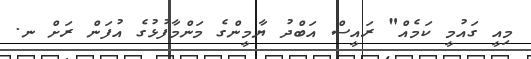
މިއީ ގައުމީ ކަމެއް" ރައީސް އަބްދު ޔާމީންގެ މަންމާފުޅުގެ އުފަން ރަށް ނ.